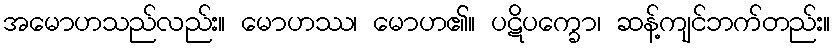
အမောဟသည်လည်း။ မောဟဿ၊ မောဟ၏။ ပဋိပက္ခော၊ ဆန့်ကျင်ဘက်တည်း။